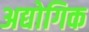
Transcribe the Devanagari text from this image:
अद्योगिक